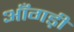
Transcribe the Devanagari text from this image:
आँगड़ी